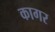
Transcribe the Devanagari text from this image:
कागर